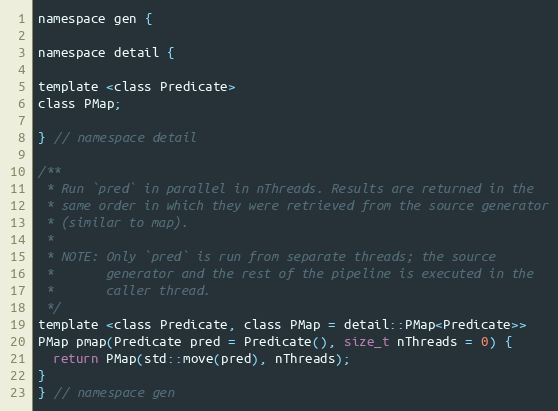
Language: C
namespace gen {

namespace detail {

template <class Predicate>
class PMap;

} // namespace detail

/**
 * Run `pred` in parallel in nThreads. Results are returned in the
 * same order in which they were retrieved from the source generator
 * (similar to map).
 *
 * NOTE: Only `pred` is run from separate threads; the source
 *       generator and the rest of the pipeline is executed in the
 *       caller thread.
 */
template <class Predicate, class PMap = detail::PMap<Predicate>>
PMap pmap(Predicate pred = Predicate(), size_t nThreads = 0) {
  return PMap(std::move(pred), nThreads);
}
} // namespace gen